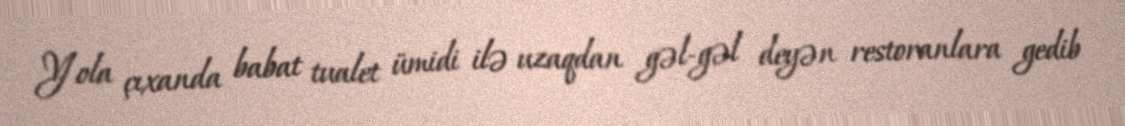
Yola çıxanda babat tualet ümidi ilə uzaqdan gəl-gəl deyən restoranlara gedib